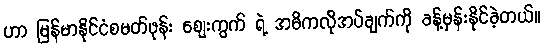
ဟာ မြန်မာနိုင်ငံစမတ်ဖုန်း ဈေးကွက် ရဲ့ အဓိကလိုအပ်ချက်ကို ခန့်မှန်းနိုင်ခဲ့တယ်။